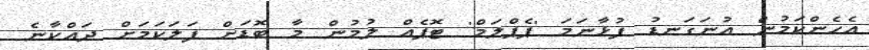
އެހެންކަމުން އުނަގަނޑު ފުޅާނަމަ 'ޕެޕްލަމް' ޓޮޕެއް ލުމުން މާ ބޮޑަށް ފަލަކަމަށް ދައްކާނެ